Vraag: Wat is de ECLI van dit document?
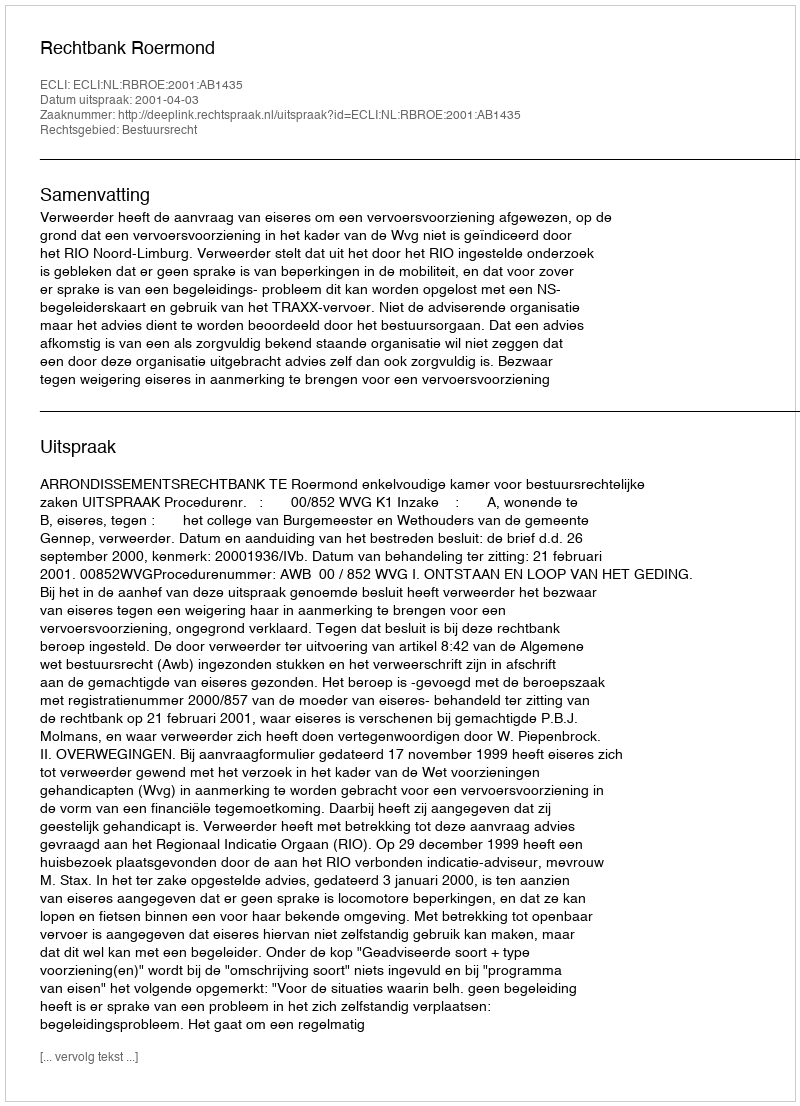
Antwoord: ECLI:NL:RBROE:2001:AB1435